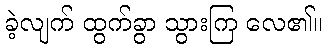
ခဲ့လျက် ထွက်ခွာ သွားကြ လေ၏။